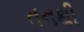
તનથી